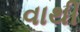
વાથી